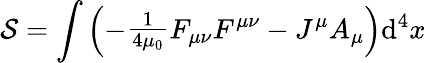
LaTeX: {\mathcal{S}}=\int\left(-{\begin{array}{l}{{\frac{1}{4\mu_{0}}}}\end{array}}F_{\mu\nu}F^{\mu\nu}-J^{\mu}A_{\mu}\right)\mathrm{d}^{4}x